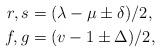
LaTeX: \begin{align*}r,s&=(\lambda-\mu\pm\delta)/2,\\f,g&=(v-1\pm\Delta)/2,\end{align*}